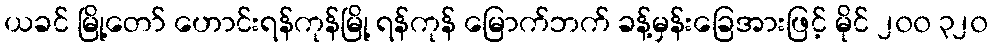
ယခင် မြို့တော် ဟောင်းရန်ကုန်မြို့ ရန်ကုန် မြောက်ဘက် ခန့်မှန်းခြေအားဖြင့် မိုင် ၂၀၀ ၃၂၀